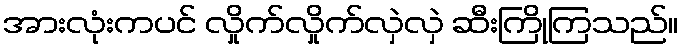
အားလုံးကပင် လှိုက်လှိုက်လှဲလှဲ ဆီးကြိုကြသည်။